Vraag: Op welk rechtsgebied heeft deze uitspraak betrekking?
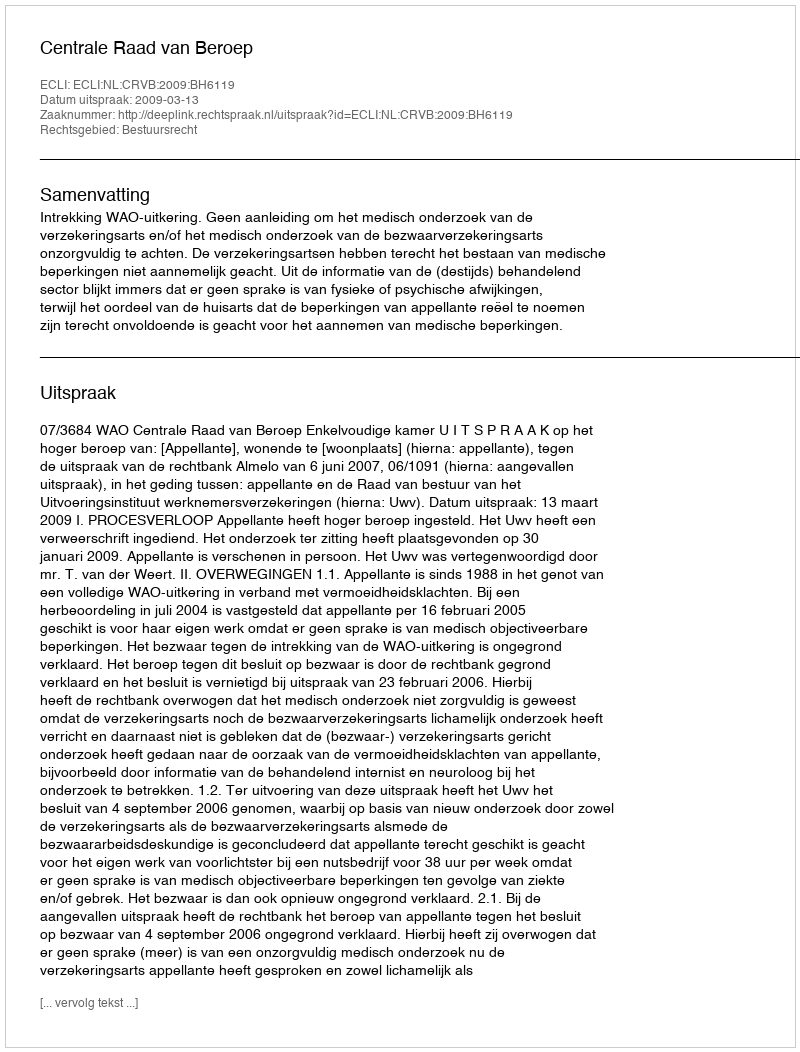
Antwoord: Bestuursrecht